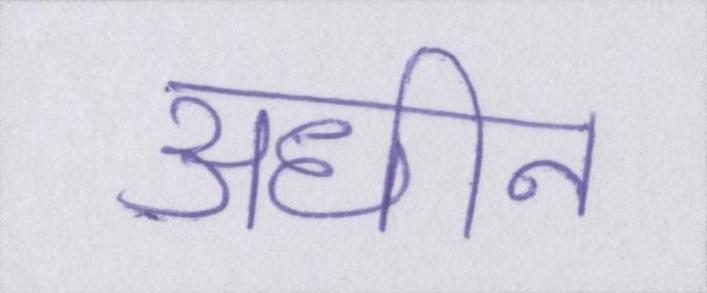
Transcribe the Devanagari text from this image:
अधीन